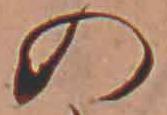
の